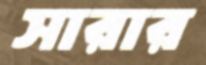
সারার